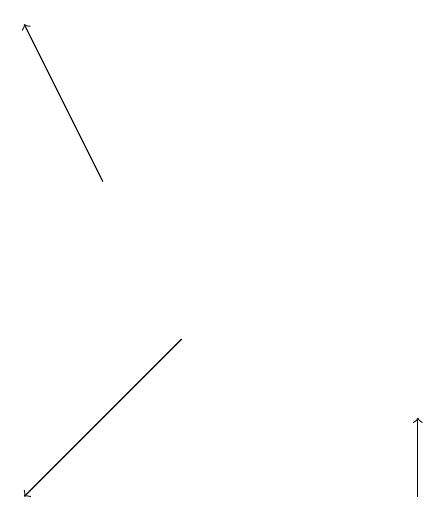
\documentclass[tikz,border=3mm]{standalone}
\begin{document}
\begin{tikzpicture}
\draw[->] (5,12) -- (5,13);
\draw[->] (1,16) -- (0,18);
\draw[->] (2,14) -- (0,12);
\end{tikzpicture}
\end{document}